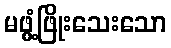
မဖွံ့ဖြိုးသေးသော